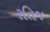
રતિજ